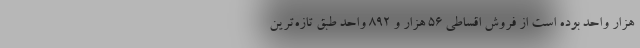
هزار واحد بوده است از فروش اقساطی ۵۶ هزار و ۸۹۲ واحد طبق تازه‌ترین